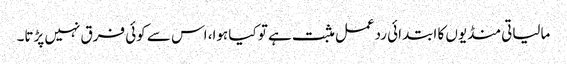
مالیاتی منڈیوں کا ابتدائی ردعمل مثبت ہے تو کیا ہوا، اس سے کوئی فرق نہیں پڑتا۔